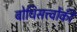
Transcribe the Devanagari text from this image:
बोधिसत्त्‍वोंकी